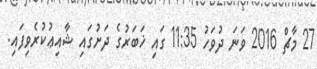
27 މާޗް 2016 ވަނަ ދުވަހު 11:35 ގައި ޚަބަރުގެ ދަށުގައި ޝާއިޢުކުރެވިފައި.